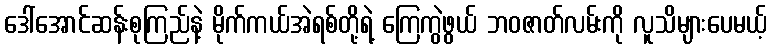
ဒေါ်အောင်ဆန်းစုကြည်နဲ့ မိုက်ကယ်အဲရစ်တို့ရဲ့ ကြေကွဲဖွယ် ဘဝဇာတ်လမ်းကို လူသိများပေမယ့်